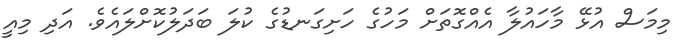
މިމަސް އުޅޭ މާހައުލާ އެއްގޮތަށް މަހުގެ ހަށިގަނޑުގެ ކުލަ ބަދަލުކޮށްލައެވެ. އަދި މިއީ